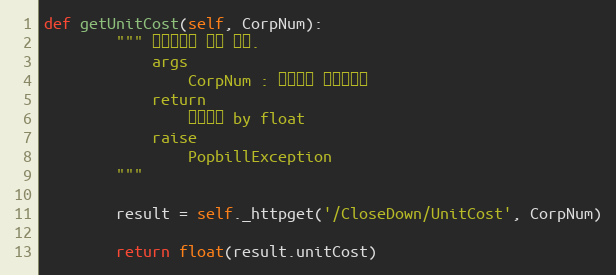
Language: Python
def getUnitCost(self, CorpNum):
        """ 휴폐업조회 단가 확인.
            args
                CorpNum : 팝빌회원 사업자번호
            return
                발행단가 by float
            raise
                PopbillException
        """

        result = self._httpget('/CloseDown/UnitCost', CorpNum)

        return float(result.unitCost)